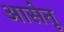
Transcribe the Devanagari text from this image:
आसेतू